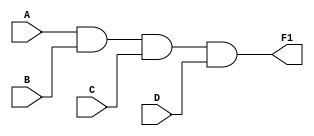
module submodule_hw_8_b_and(
    output wire F1,
    input wire A, B, C, D 
);    
and U0 (F1, A, B, C, D);
endmodule